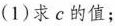
(1)求c的值；